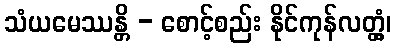
သံယမေဿန္တိ - စောင့်စည်း နိုင်ကုန်လတ္တံ့၊